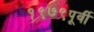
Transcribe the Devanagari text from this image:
१९७९पूर्वी